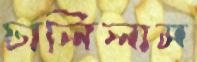
ঢালিলাম